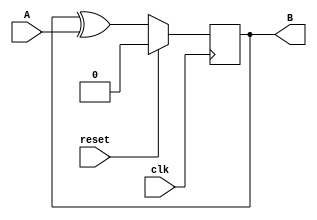
module seq_ckt (A, reset, B, clk);
	input	A;
	input	reset;
	output	B;
	input	clk;

	reg		B;

	always @(posedge clk) begin
		if (reset)
			B <= 1'b0;
		else
			B <= B^A;
	end
endmodule